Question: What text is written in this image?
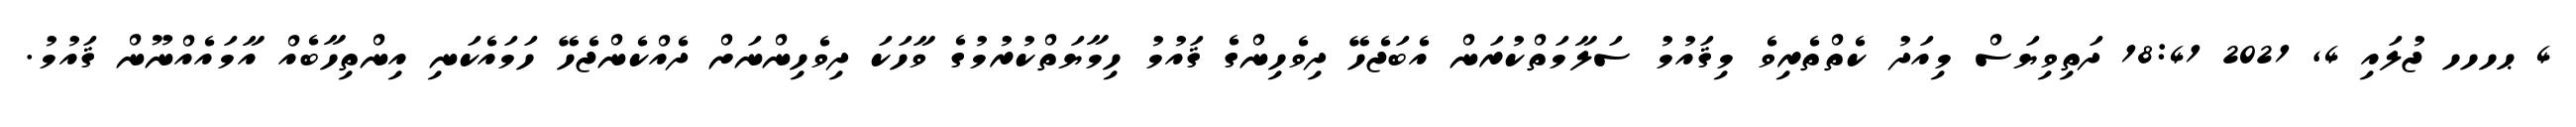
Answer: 4 ޙހހހ ޖުލައި 4, 2021 18:41 ދަތިވިޔަސް މިއަދު ކެތްތެރިވެ މިޤައުމު ސަލާމަތްކުރަން އެބަޖެހޭ ދިވެހިންގެ ޤައުމު ހިމާޔަތްކުރުމުގެ ވާހަކަ ދިވެހިންނަށް ދެއްކެންޖެހޭ ހަމައެކަނި އިންތިހާބެއް އާމައެއްނޫން ޤައުމު.